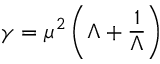
\gamma = \mu ^ { 2 } \left( \Lambda + \frac { 1 } { \Lambda } \right)